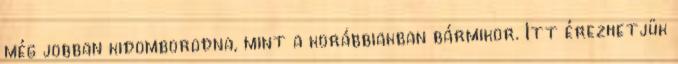
még jobban kidomborodna, mint a korábbiakban bármikor. Itt érezhetjük